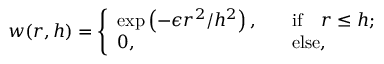
w ( r , h ) = \left\{ \begin{array} { l l l } { \exp \left( - \epsilon r ^ { 2 } / h ^ { 2 } \right) , } & { \quad \mathrm { i f } \quad r \leq h ; } \\ { 0 , } & { \quad \mathrm { e l s e } , } \end{array} \right.